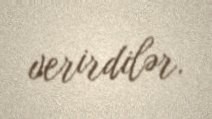
verirdilər.